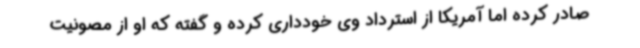
صادر کرده اما آمریکا از استرداد وی خودداری کرده و گفته که او از مصونیت